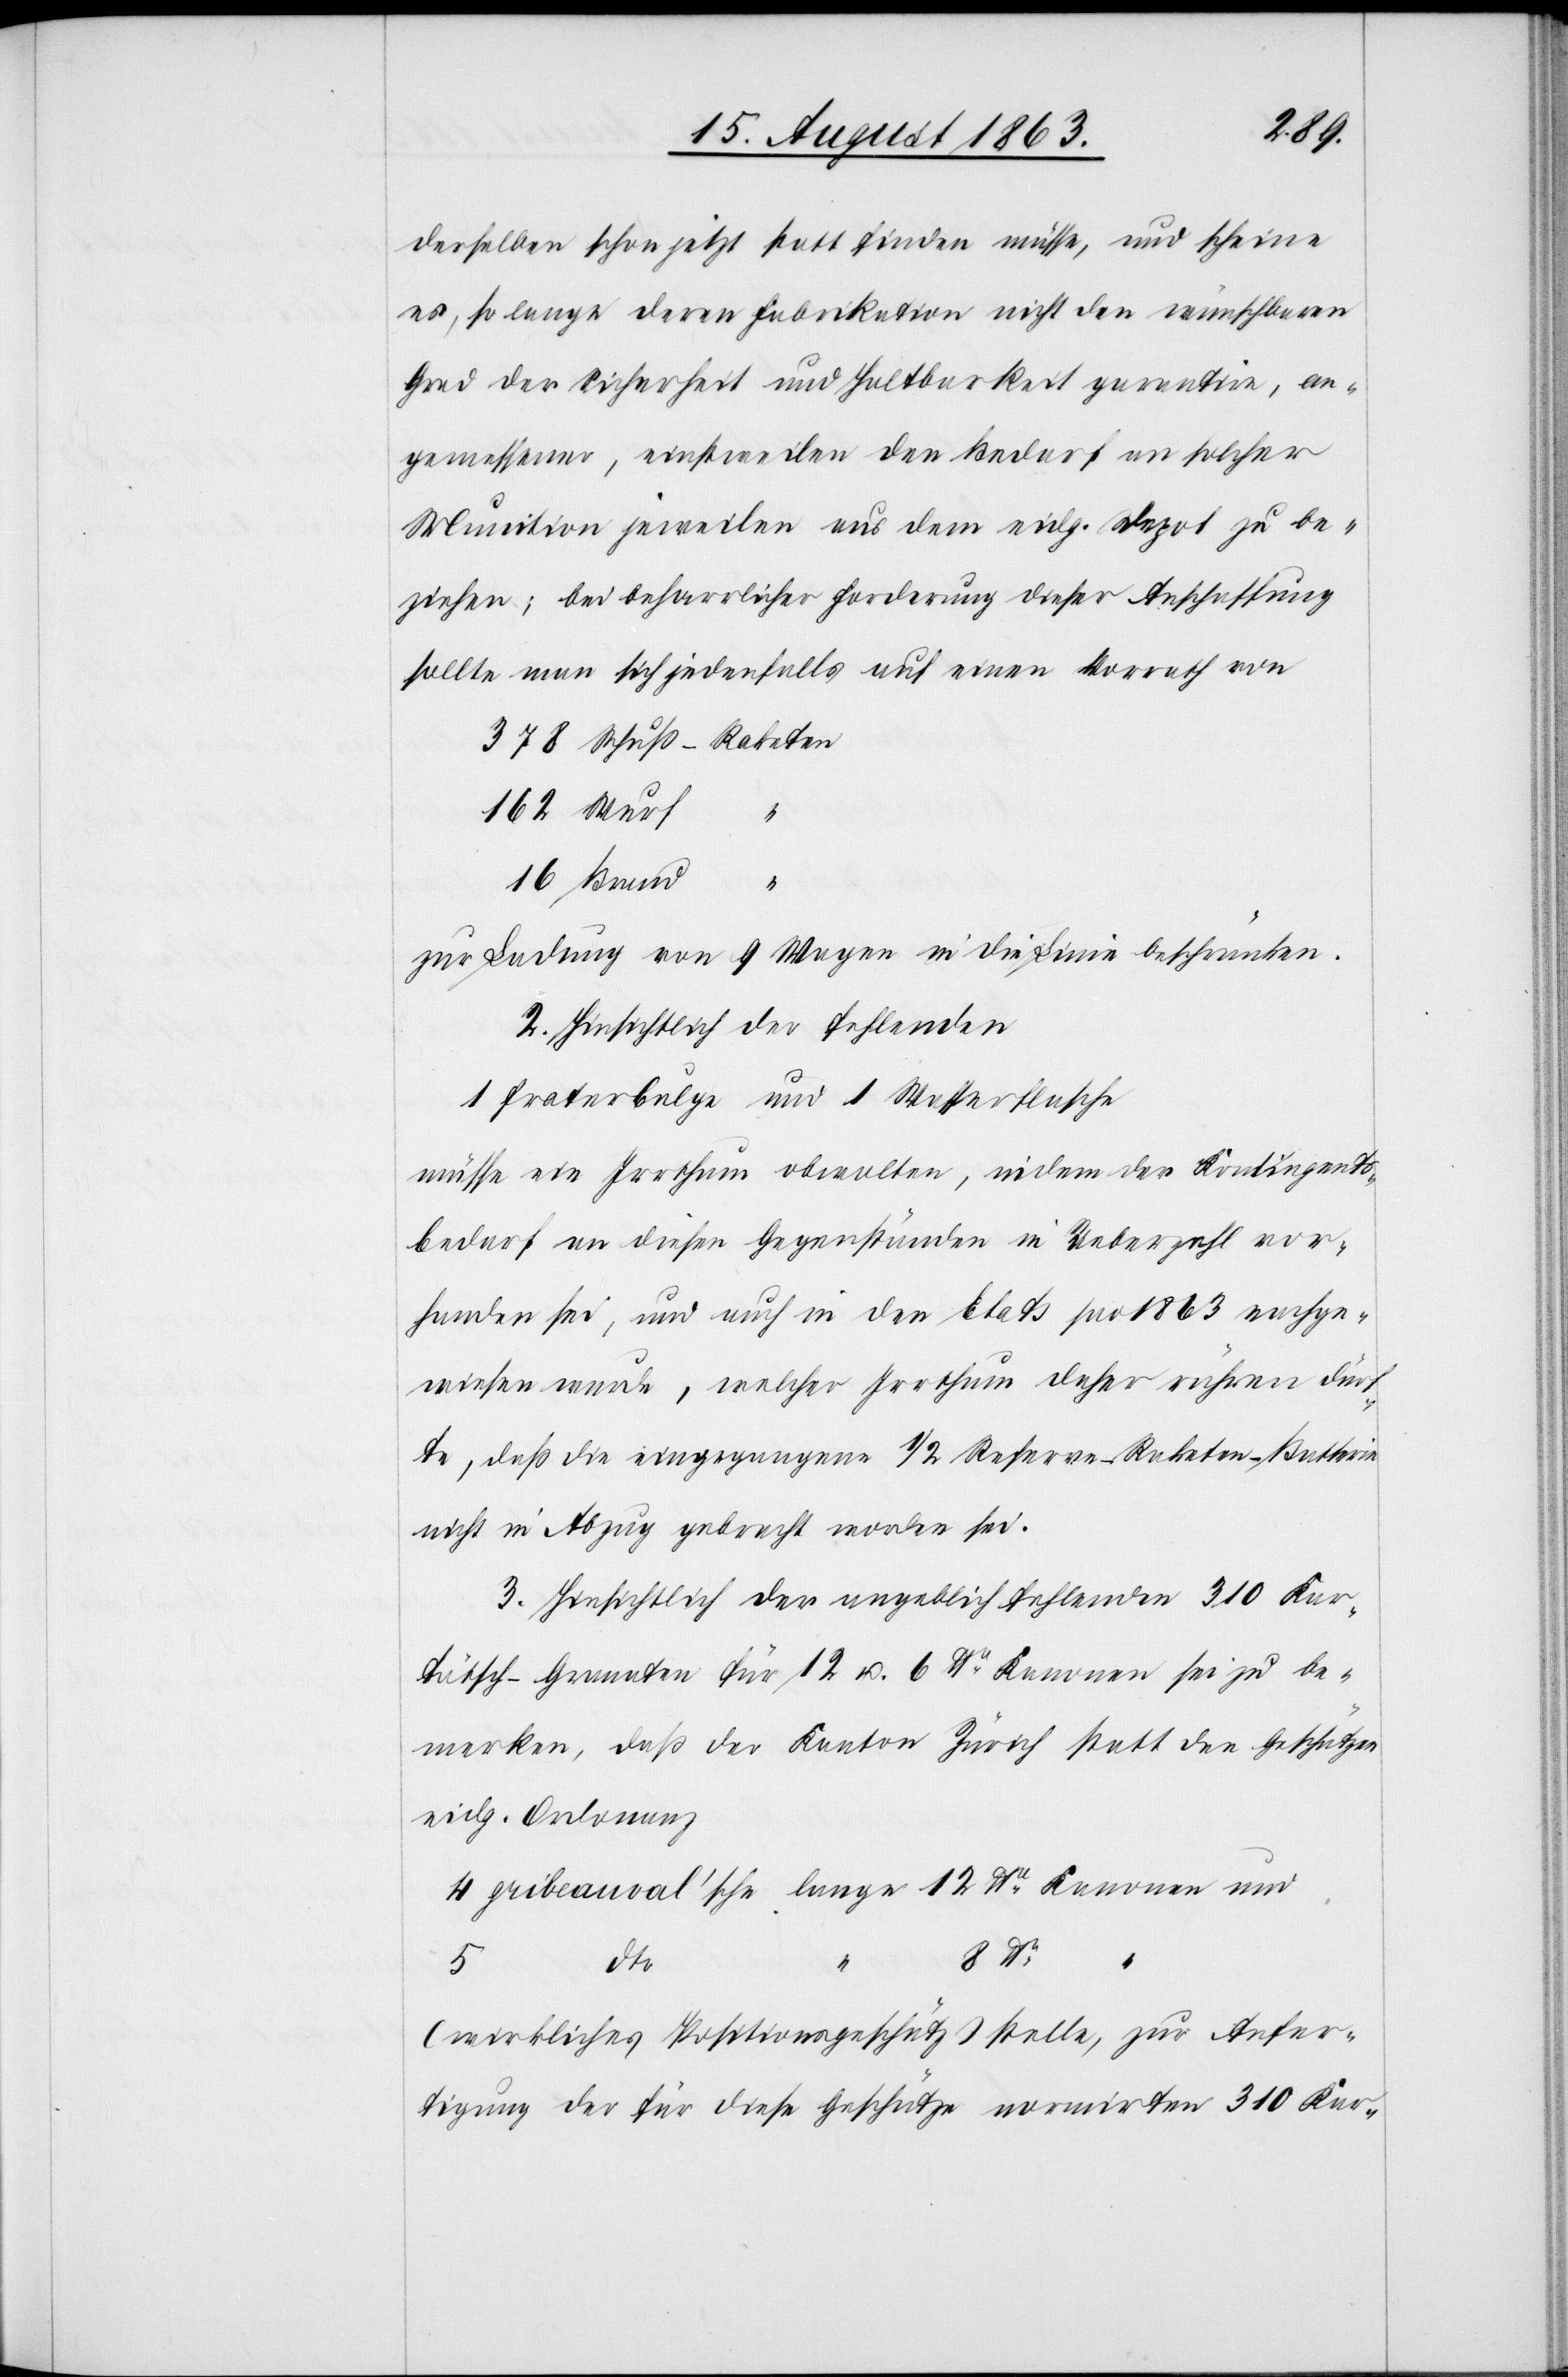
derselben schon jetzt statt finden müsse, und scheine
es, so lange deren Fabrikation nicht den wünschbaren
Grad der Sicherheit und Haltbarkeit garantire, an¬
gemessener, einstweilen den Bedarf an solcher
Munition jeweilen aus dem eidg. Depot zu be¬
ziehen; bei beharrlicher Forderung dieser Anschaffung
sollte man sich jedenfalls auf einen Vorrath von
378 Schuß-Raketen
zur Ladung von 9 Wagen in die Linie beschränken.
2. Hinsichtlich der fehlenden
1 Fraterbulge und 1 Wasserflasche
müsse ein Irrthum obwalten, indem der Kontingents¬
bedarf an diesen Gegenständen in Ueberzahl vor¬
handen sei, und auch in den Etats pro 1863 nachge¬
wiesen wurde, welcher Irrthum daher rühren dürf¬
te, daß die eingegangene 1/2 Reserve-Raketen-Batterie
nicht in Abzug gebracht worden sei.
3. Hinsichtlich der angeblich fehlenden 310 Kar¬
tätsch-Granaten für 12 u. 6 lbr Kanonen sei zu be¬
merken, daß der Kanton Zürich statt den Geschützen
eidg. Ordonanz
4 gribeauval'sche lange 12 lbr Kanonen und
(wirkliches Positionsgeschütz) stelle, zur Anfer¬
tigung der für diese Geschütze normirten 310 Kar-